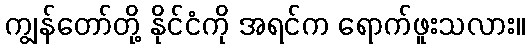
ကျွန်တော်တို့ နိုင်ငံကို အရင်က ရောက်ဖူးသလား။